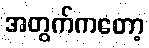
အတွက်ကတော့